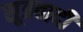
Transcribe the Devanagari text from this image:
सूत्रवादी